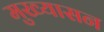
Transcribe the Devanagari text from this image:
मुख्यासन